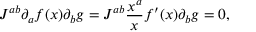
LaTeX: J ^ { a b } \partial _ { a } f ( x ) \partial _ { b } g = J ^ { a b } \frac { x ^ { a } } { x } f ^ { \prime } ( x ) \partial _ { b } g = 0 ,